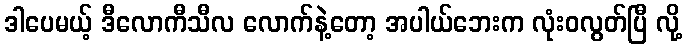
ဒါပေမယ့် ဒီလောကီသီလ လောက်နဲ့တော့ အပါယ်ဘေးက လုံးဝလွတ်ပြီ လို့